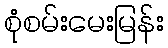
စုံစမ်းမေးမြန်း